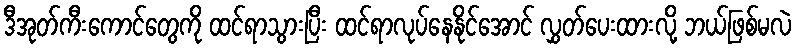
ဒီအုတ်ကီးကောင်တွေကို ထင်ရာသွားပြီး ထင်ရာလုပ်နေနိုင်အောင် လွှတ်ပေးထားလို့ ဘယ်ဖြစ်မလဲ